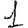
Digit: 1